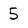
Character: 5